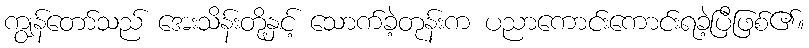
ကျွန်တော်သည် အေးသိန်းတို့နှင့် သောက်ခဲ့တုန်းက ပညာကောင်းကောင်းရခဲ့ပြီဖြစ်၏။